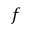
f